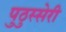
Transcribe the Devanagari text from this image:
पुठुस्सेरी